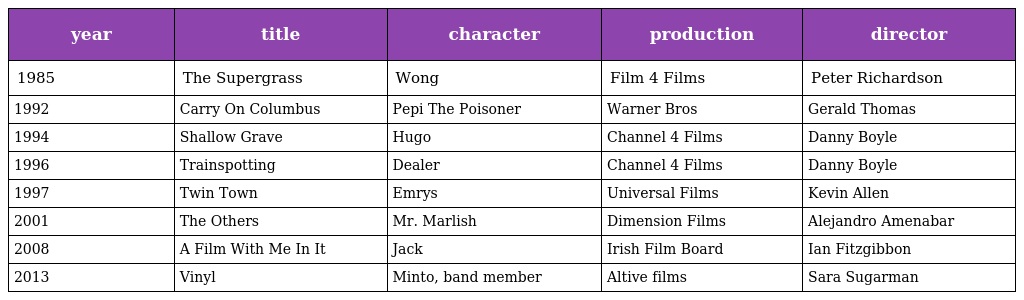
| year | title | character | production | director |
 | --- | --- | --- | --- | --- |
 | 1985 | The Supergrass | Wong | Film 4 Films | Peter Richardson |
 | 1992 | Carry On Columbus | Pepi The Poisoner | Warner Bros | Gerald Thomas |
 | 1994 | Shallow Grave | Hugo | Channel 4 Films | Danny Boyle |
 | 1996 | Trainspotting | Dealer | Channel 4 Films | Danny Boyle |
 | 1997 | Twin Town | Emrys | Universal Films | Kevin Allen |
 | 2001 | The Others | Mr. Marlish | Dimension Films | Alejandro Amenabar |
 | 2008 | A Film With Me In It | Jack | Irish Film Board | Ian Fitzgibbon |
 | 2013 | Vinyl | Minto, band member | Altive films | Sara Sugarman |